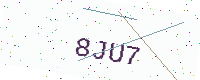
Text: 8JU7